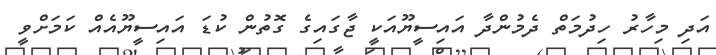
އަދި މިހާރު ހިދުމަތް ދެމުންދާ އައިސީޔޫއަކީ ޖާގައިގެ ގޮތުން ކުޑަ އައިސީޔޫއެއް ކަމަށްވީ